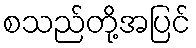
စသည်တို့အပြင်